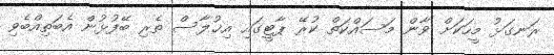
ރަނގަޅު މީހަކަށް ވާން މަސައްކަތް ކުރޭ ޕާޓީގައި އިޚުލާސް ތެރި ބޭފުޅުން އެބަތިއްބެވި